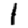
Digit: 1